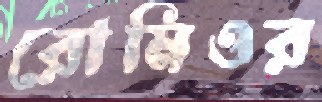
রোমিওর